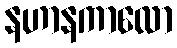
နဟာနကာလော